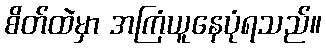
စိတ်ထဲမှာ အကြံယူနေပုံရသည်။